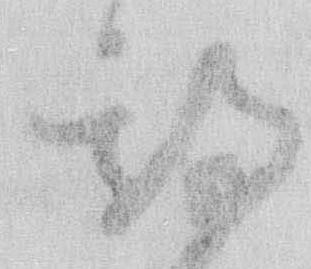
期